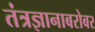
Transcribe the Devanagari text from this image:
तंत्रज्ञानाबरोबर